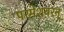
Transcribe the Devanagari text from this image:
परमेशवरन्